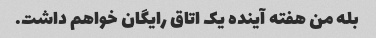
بله من هفته آینده یک اتاق رایگان خواهم داشت.